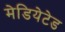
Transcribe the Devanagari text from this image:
मेडियेटेड